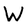
Character: W